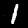
Digit: 1